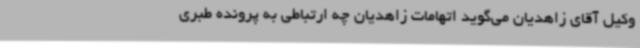
وکیل آقای زاهدیان می‌گوید اتهامات زاهدیان چه ارتباطی به پرونده طبری